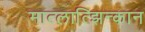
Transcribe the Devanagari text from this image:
मात्लात्झिन्कान